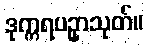
ဒုက္ကရပဥှာသုတ်။